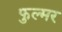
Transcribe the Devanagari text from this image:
फुल्मर